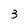
Character: 3